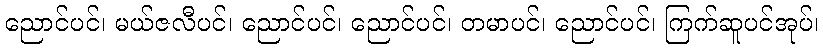
ညောင်ပင်၊ မယ်ဇလီပင်၊ ညောင်ပင်၊ ညောင်ပင်၊ တမာပင်၊ ညောင်ပင်၊ ကြက်ဆူပင်အုပ်၊